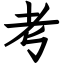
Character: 考